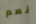
نعم